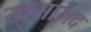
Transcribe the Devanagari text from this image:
खुसामद